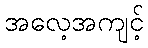
အလေ့အကျင့်